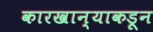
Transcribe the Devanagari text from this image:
कारखान्याकडून